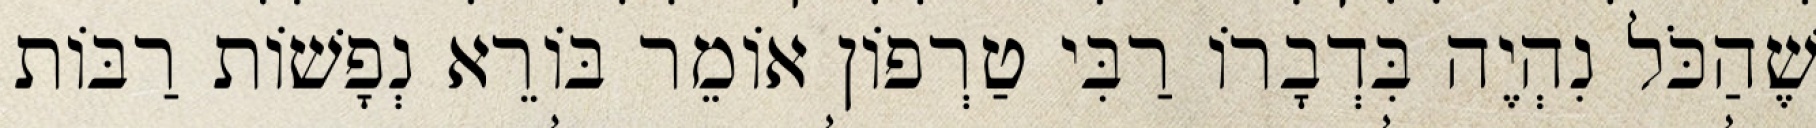
שֶׁהַכֹּל נִהְיֶה בִּדְבָרוֹ רַבִּי טַרְפוֹן אוֹמֵר בּוֹרֵא נְפָשׁוֹת רַבּוֹת